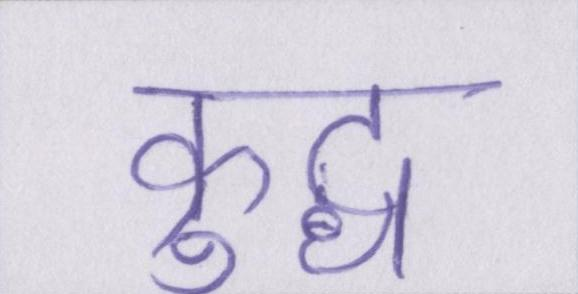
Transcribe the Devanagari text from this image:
क्रुद्ध